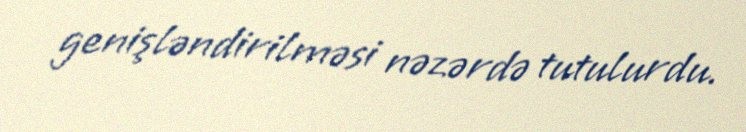
genişləndirilməsi nəzərdə tutulurdu.